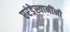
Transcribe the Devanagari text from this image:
एरंडेस्वामींनी